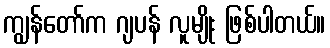
ကျွန်တော်က ဂျပန် လူမျိုး ဖြစ်ပါတယ်။